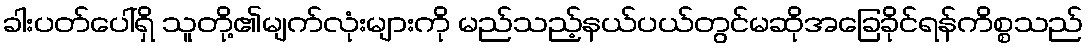
ခါးပတ်ပေါ်ရှိ သူတို့၏မျက်လုံးများကို မည်သည့်နယ်ပယ်တွင်မဆိုအခြေခိုင်ရန်ကိစ္စသည်